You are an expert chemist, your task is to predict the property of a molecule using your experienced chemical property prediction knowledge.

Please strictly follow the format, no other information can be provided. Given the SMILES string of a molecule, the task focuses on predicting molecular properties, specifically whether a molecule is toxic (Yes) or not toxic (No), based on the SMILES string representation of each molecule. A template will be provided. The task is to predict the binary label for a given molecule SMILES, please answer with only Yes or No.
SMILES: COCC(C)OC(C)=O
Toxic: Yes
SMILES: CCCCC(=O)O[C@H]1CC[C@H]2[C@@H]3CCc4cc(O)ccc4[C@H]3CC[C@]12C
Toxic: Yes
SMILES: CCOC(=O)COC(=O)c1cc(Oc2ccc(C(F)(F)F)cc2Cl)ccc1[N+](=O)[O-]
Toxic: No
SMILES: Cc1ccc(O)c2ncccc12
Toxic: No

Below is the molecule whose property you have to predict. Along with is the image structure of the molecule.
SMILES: CC12CCC(C[N+](C)(CCC[N+](C)(C)C)C1)C2(C)C.COS(=O)(=O)[O-].COS(=O)(=O)[O-]
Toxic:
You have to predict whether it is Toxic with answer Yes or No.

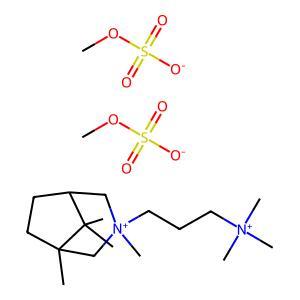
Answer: No